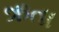
ઋતા